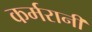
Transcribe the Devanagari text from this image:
कर्मरानी